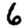
Digit: 6